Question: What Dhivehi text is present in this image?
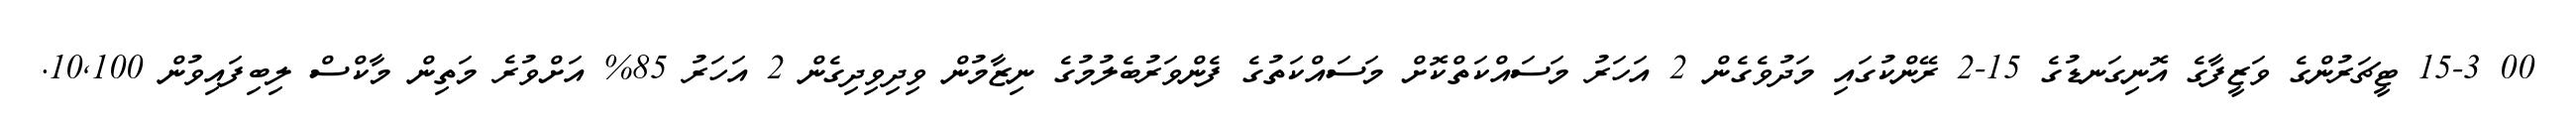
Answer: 00 15-3 ޓީޗަރުންގެ ވަޒީފާގެ އޮނިގަނޑުގެ 15-2 ރޭންކުގައި މަދުވެގެން 2 އަހަރު މަސައްކަތްކޮށް މަސައްކަތުގެ ފެންވަރުބެލުމުގެ ނިޒާމުން ވިދިވިދިގެން 2 އަހަރު 85% އަށްވުރެ މަތިން މާކްސް ލިބިފައިވުން 10,100.